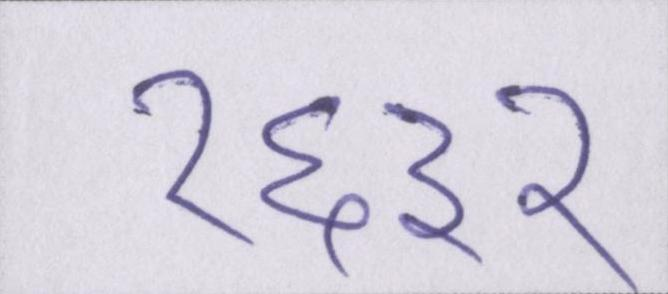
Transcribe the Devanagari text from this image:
१६३२